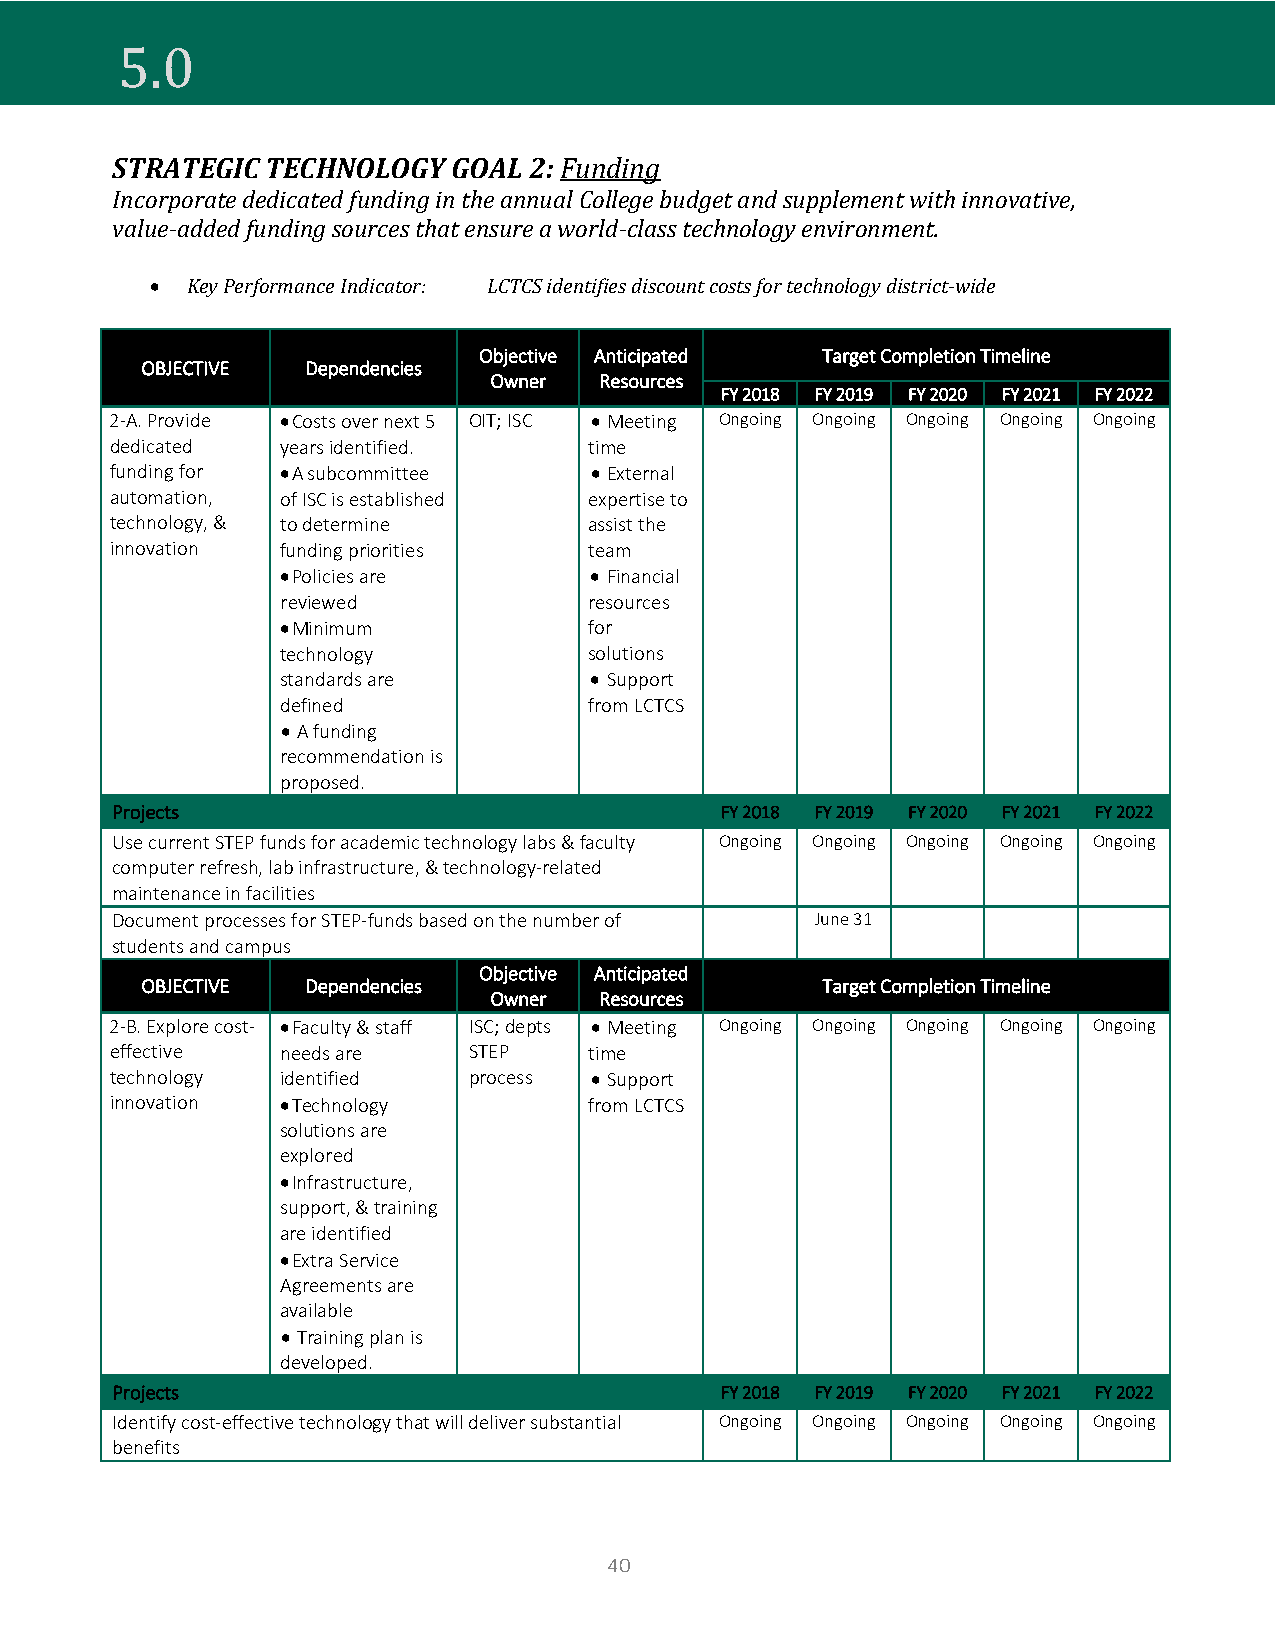
STRATEGIC  TECHNOLOGY  GOAL 2: Funding
 5.0
 Incorporate dedicated funding in the annual College budget and supplement with innovative,
 value-added funding sources that ensure a world-class technology environment.
 • Key Performance Indicator: LCTCS identifies discount costs for technology district-wide
 Objective Anticipated Target Completion Timeline
 OBJECTIVE  Dependencies
 Owner   Resources
 FY 2018 FY 2019 FY 2020 FY 2021 FY 2022
 2-A. Provide • Costs over next 5 OIT; ISC • Meeting Ongoing Ongoing Ongoing Ongoing Ongoing
 dedicated   years identified.   time
 funding for • A subcommittee    • External
 automation, of ISC is established expertise to
 technology, & to determine      assist the
 innovation  funding priorities  team
 • Policies are      • Financial
 reviewed            resources
 • Minimum           for
 technology          solutions
 standards are       • Support
 defined             from LCTCS
 • A funding
 recommendation is
 proposed.
 Projects                                 FY 2018 FY 2019 FY 2020 FY 2021 FY 2022
 Use current STEP funds for academic technology labs & faculty Ongoing Ongoing Ongoing Ongoing Ongoing
 computer refresh, lab infrastructure, & technology-related
 maintenance in facilities
 Document processes for STEP-funds based on the number of June 31
 students and campus
 Objective Anticipated
 OBJECTIVE  Dependencies                      Target Completion Timeline
 Owner   Resources
 2-B. Explore cost- • Faculty & staff ISC; depts • Meeting Ongoing Ongoing Ongoing Ongoing Ongoing
 effective   needs are   STEP    time
 technology  identified  process • Support
 innovation  • Technology        from LCTCS
 solutions are
 explored
 • Infrastructure,
 support, & training
 are identified
 • Extra Service
 Agreements are
 available
 • Training plan is
 developed.
 Projects                                 FY 2018 FY 2019 FY 2020 FY 2021 FY 2022
 Identify cost-effective technology that will deliver substantial Ongoing Ongoing Ongoing Ongoing Ongoing
 benefits
 40